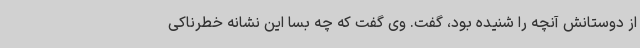
از دوستانش آنچه را شنیده بود، گفت. وی گفت که چه بسا این نشانه خطرناکی